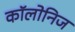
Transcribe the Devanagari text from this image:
कॉलोनिज